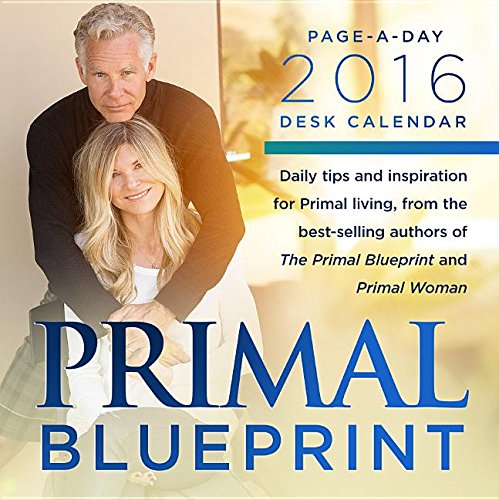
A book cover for Primal Blueprint Page-A-Day 2017 Desk Calendar; Mark Sisson; Calendars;